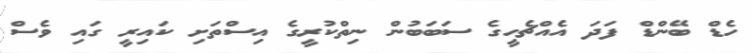
ހެޑް ބޭންޑް ފަދަ އެއްޗެހީގެ ސަބަބުން ނިތްކުރީގެ އިސްތަށި ކައިރީ ގައި ވެސް